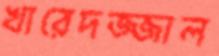
খারেদজ্জাল